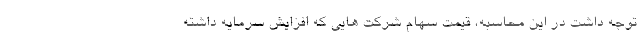
توجه داشت در این محاسبه، قیمت سهام شرکت هایی که افزایش سرمایه داشته